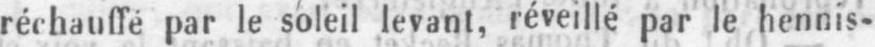
réchauffé par le soleil levant, réveillé par le hennis-